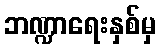
ဘဏ္ဍာရေးနှစ်မှ